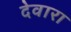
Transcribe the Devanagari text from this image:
देवारा